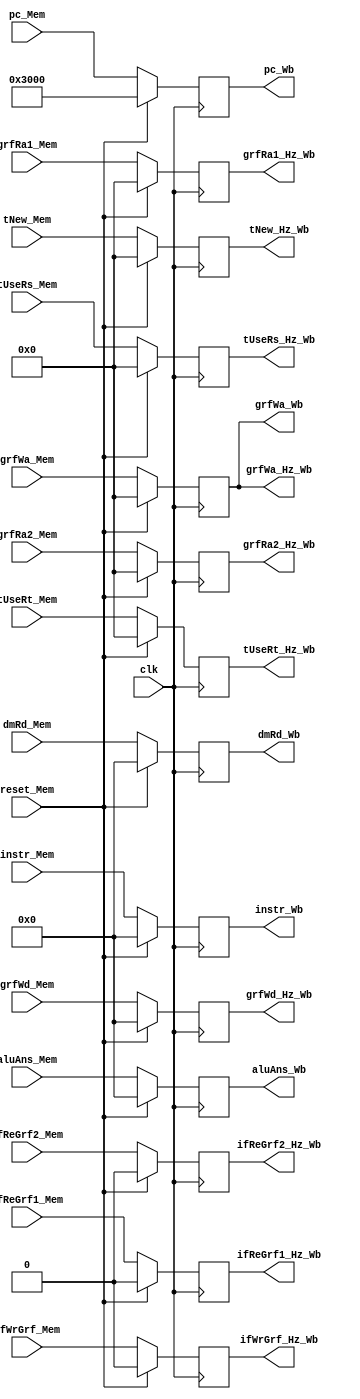
`timescale 1ns / 1ps
//////////////////////////////////////////////////////////////////////////////////
// Company: 
// Engineer: 
// 
// Design Name: 
// Module Name:    MemToWb 
// Project Name: 
// Target Devices: 
// Tool versions: 
// Description: 
//
// Dependencies: 
//
// Revision: 
// Revision 0.01 - File Created
// Additional Comments: 
//
//////////////////////////////////////////////////////////////////////////////////
module MemToWb(
	input clk,
	input reset_Mem,
	input [31:0]pc_Mem,
	input [31:0]instr_Mem,
	input [31:0]dmRd_Mem,
	input [31:0]aluAns_Mem,
	input [4:0]grfWa_Mem,
		input ifReGrf1_Mem,
		input ifReGrf2_Mem,
		input ifWrGrf_Mem,
		input [4:0]grfRa1_Mem,
		input [4:0]grfRa2_Mem,
		//input [4:0]grfWa_Mem,
		input [4:0]tUseRs_Mem,
		input [4:0]tUseRt_Mem,
		input [4:0]tNew_Mem,
		input [31:0]grfWd_Mem,
		
	output reg [31:0]pc_Wb,
	output reg [31:0]instr_Wb,
	output reg [31:0]dmRd_Wb,
	output reg [31:0]aluAns_Wb,
	output reg [4:0]grfWa_Wb,	
		output reg ifReGrf1_Hz_Wb,
		output reg ifReGrf2_Hz_Wb,
		output reg ifWrGrf_Hz_Wb,
		output reg [4:0]grfRa1_Hz_Wb,
		output reg [4:0]grfRa2_Hz_Wb,
		output reg [4:0]grfWa_Hz_Wb,
		output reg [4:0]tUseRs_Hz_Wb,
		output reg [4:0]tUseRt_Hz_Wb,
		output reg [4:0]tNew_Hz_Wb,
		output reg [31:0]grfWd_Hz_Wb
    );

	initial begin
		pc_Wb <= 32'h00003000;
		instr_Wb <= 0;
		dmRd_Wb <= 0;
		aluAns_Wb <= 0;
		grfWa_Wb <= 0;	
		ifReGrf1_Hz_Wb <= 0;
		ifReGrf2_Hz_Wb <= 0;
		ifWrGrf_Hz_Wb <= 0;
		grfRa1_Hz_Wb <= 0;
		grfRa2_Hz_Wb <= 0;
		grfWa_Hz_Wb <= 0;
		tUseRs_Hz_Wb <= 0;
		tUseRt_Hz_Wb <= 0;
		tNew_Hz_Wb <= 0;
		grfWd_Hz_Wb <= 0;
	end
	
	always@(posedge clk)begin
		if(reset_Mem)begin
			pc_Wb <= 32'h00003000;
			instr_Wb <= 0;
			dmRd_Wb <= 0;
			aluAns_Wb <= 0;
			grfWa_Wb <= 0;	
			ifReGrf1_Hz_Wb <= 0;
			ifReGrf2_Hz_Wb <= 0;
			ifWrGrf_Hz_Wb <= 0;
			grfRa1_Hz_Wb <= 0;
			grfRa2_Hz_Wb <= 0;
			grfWa_Hz_Wb <= 0;
			tUseRs_Hz_Wb <= 0;
			tUseRt_Hz_Wb <= 0;
			tNew_Hz_Wb <= 0;
			grfWd_Hz_Wb <= 0;
		end
		else begin
			pc_Wb <= pc_Mem;
			instr_Wb <= instr_Mem;
			dmRd_Wb <= dmRd_Mem;
			aluAns_Wb <= aluAns_Mem;
			grfWa_Wb <= grfWa_Mem;	
			ifReGrf1_Hz_Wb <= ifReGrf1_Mem;
			ifReGrf2_Hz_Wb <= ifReGrf2_Mem;
			ifWrGrf_Hz_Wb <= ifWrGrf_Mem;
			grfRa1_Hz_Wb <= grfRa1_Mem;
			grfRa2_Hz_Wb <= grfRa2_Mem;
			grfWa_Hz_Wb <= grfWa_Mem;
			tUseRs_Hz_Wb <= tUseRs_Mem;
			tUseRt_Hz_Wb <= tUseRt_Mem;
			tNew_Hz_Wb <= tNew_Mem;
			grfWd_Hz_Wb <= grfWd_Mem;
		end
	end	

endmodule